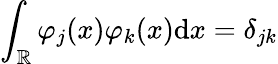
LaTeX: \int_{\mathbb{R}}\varphi_{j}(x)\varphi_{k}(x)\mathrm{d}x=\delta_{jk}